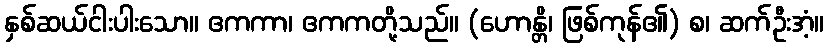
နှစ်ဆယ်ငါးပါးသော။ ဧကကာ၊ ဧကကတို့သည်။ (ဟောန္တိ၊ ဖြစ်ကုန်၏) စ၊ ဆက်ဦးအံ့။